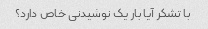
با تشکر آیا بار یک نوشیدنی خاص دارد؟